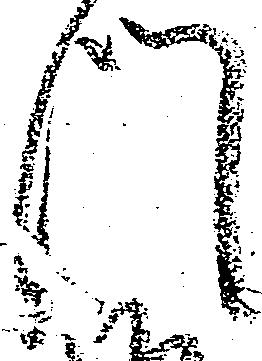
門